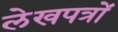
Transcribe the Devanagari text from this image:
लेखपत्रों